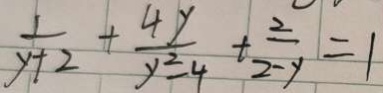
\frac { 1 } { y + 2 } + \frac { 4 y } { y ^ { 2 } - 4 } + \frac { 2 } { 2 - y } = 1